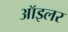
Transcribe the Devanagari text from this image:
ऑइलर